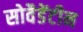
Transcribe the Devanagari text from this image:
सोवैडेंटीन